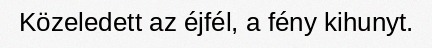
Közeledett az éjfél, a fény kihunyt.